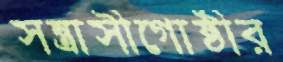
সন্ত্রাসীগোষ্ঠীর